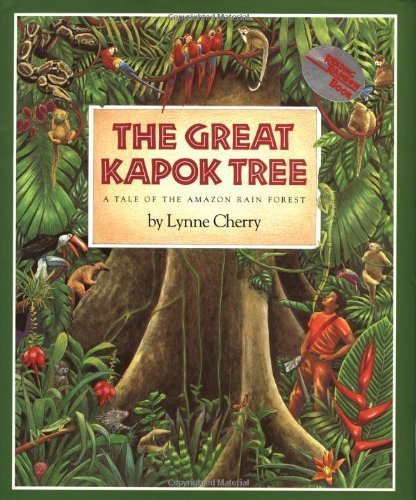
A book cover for The Great Kapok Tree: A Tale of the Amazon Rain Forest by Cherry, Lynne [Hardcover(1990/3/15)]; Science & Math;